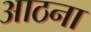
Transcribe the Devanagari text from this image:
आठना